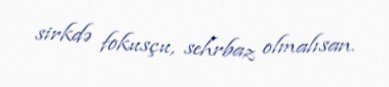
sirkdə fokusçu, sehrbaz olmalısan.